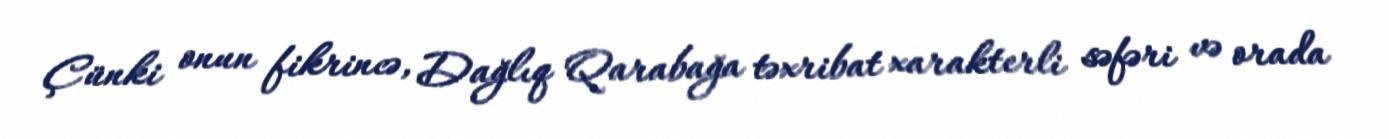
Çünki onun fikrincə, Dağlıq Qarabağa təxribat xarakterli səfəri və orada